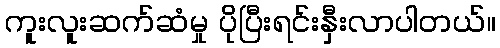
ကူးလူးဆက်ဆံမှု ပိုပြီးရင်းနှီးလာပါတယ်။